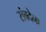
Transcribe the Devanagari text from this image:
संवदेना